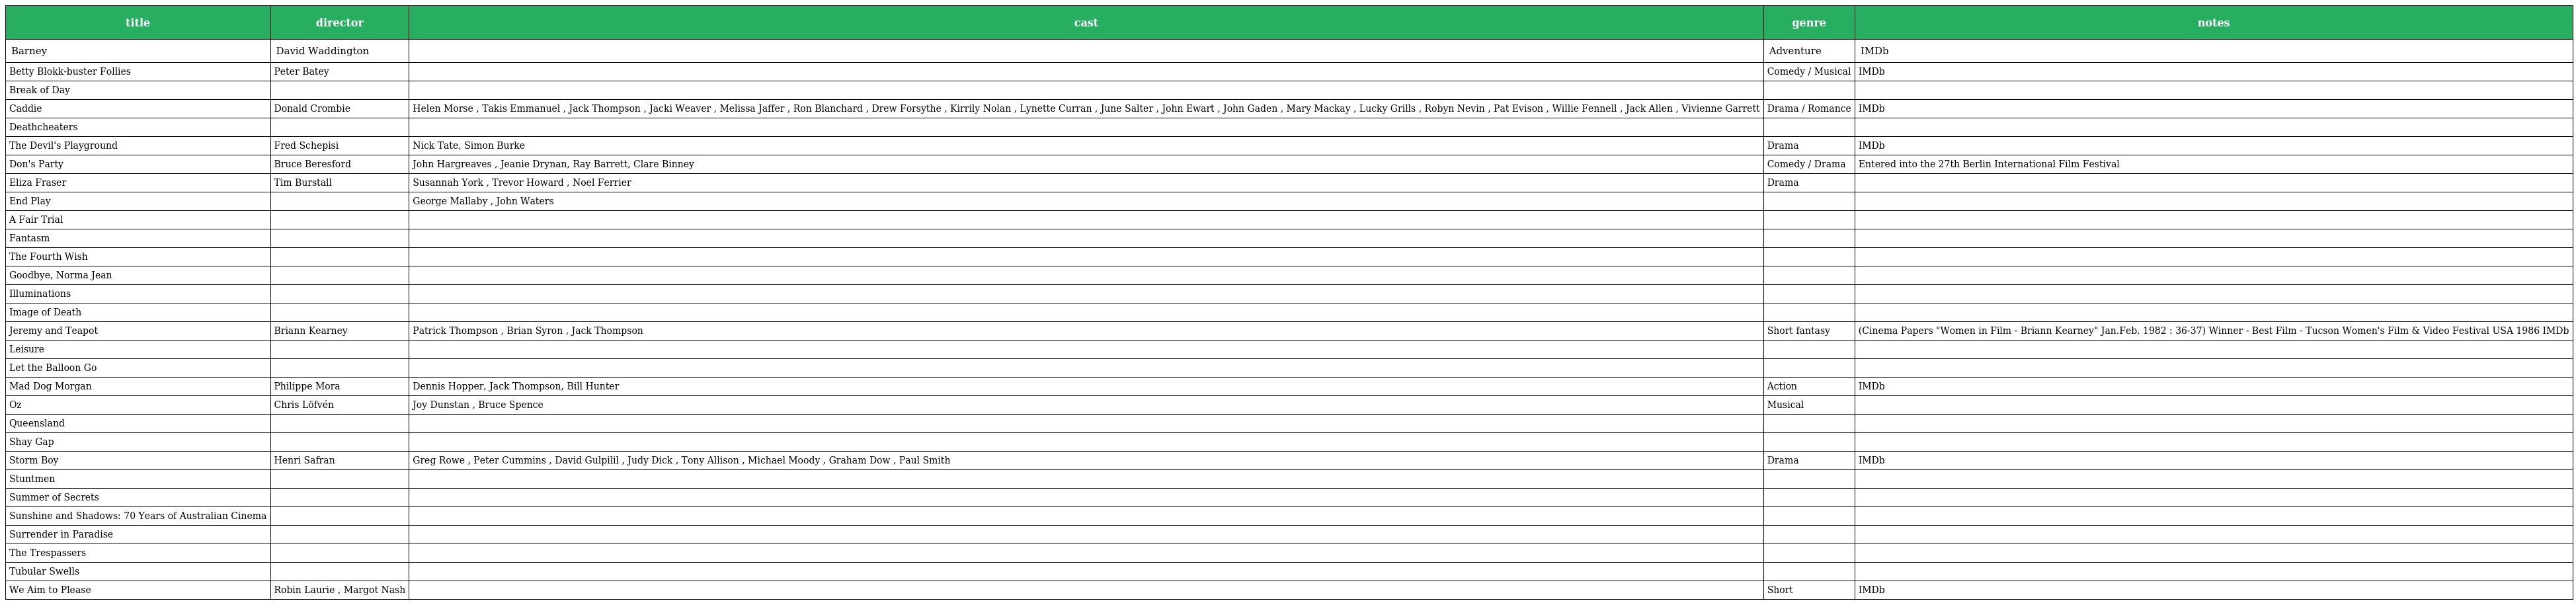
| title | director | cast | genre | notes |
 | --- | --- | --- | --- | --- |
 | Barney | David Waddington |  | Adventure | IMDb |
 | Betty Blokk-buster Follies | Peter Batey |  | Comedy / Musical | IMDb |
 | Break of Day |  |  |  |  |
 | Caddie | Donald Crombie | Helen Morse , Takis Emmanuel , Jack Thompson , Jacki Weaver , Melissa Jaffer , Ron Blanchard , Drew Forsythe , Kirrily Nolan , Lynette Curran , June Salter , John Ewart , John Gaden , Mary Mackay , Lucky Grills , Robyn Nevin , Pat Evison , Willie Fennell , Jack Allen , Vivienne Garrett | Drama / Romance | IMDb |
 | Deathcheaters |  |  |  |  |
 | The Devil's Playground | Fred Schepisi | Nick Tate, Simon Burke | Drama | IMDb |
 | Don's Party | Bruce Beresford | John Hargreaves , Jeanie Drynan, Ray Barrett, Clare Binney | Comedy / Drama | Entered into the 27th Berlin International Film Festival |
 | Eliza Fraser | Tim Burstall | Susannah York , Trevor Howard , Noel Ferrier | Drama |  |
 | End Play |  | George Mallaby , John Waters |  |  |
 | A Fair Trial |  |  |  |  |
 | Fantasm |  |  |  |  |
 | The Fourth Wish |  |  |  |  |
 | Goodbye, Norma Jean |  |  |  |  |
 | Illuminations |  |  |  |  |
 | Image of Death |  |  |  |  |
 | Jeremy and Teapot | Briann Kearney | Patrick Thompson , Brian Syron , Jack Thompson | Short fantasy | (Cinema Papers "Women in Film - Briann Kearney" Jan.Feb. 1982 : 36-37) Winner - Best Film - Tucson Women's Film & Video Festival USA 1986 IMDb |
 | Leisure |  |  |  |  |
 | Let the Balloon Go |  |  |  |  |
 | Mad Dog Morgan | Philippe Mora | Dennis Hopper, Jack Thompson, Bill Hunter | Action | IMDb |
 | Oz | Chris Löfvén | Joy Dunstan , Bruce Spence | Musical |  |
 | Queensland |  |  |  |  |
 | Shay Gap |  |  |  |  |
 | Storm Boy | Henri Safran | Greg Rowe , Peter Cummins , David Gulpilil , Judy Dick , Tony Allison , Michael Moody , Graham Dow , Paul Smith | Drama | IMDb |
 | Stuntmen |  |  |  |  |
 | Summer of Secrets |  |  |  |  |
 | Sunshine and Shadows: 70 Years of Australian Cinema |  |  |  |  |
 | Surrender in Paradise |  |  |  |  |
 | The Trespassers |  |  |  |  |
 | Tubular Swells |  |  |  |  |
 | We Aim to Please | Robin Laurie , Margot Nash |  | Short | IMDb |